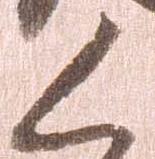
く